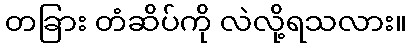
တခြား တံဆိပ်ကို လဲလို့ရသလား။